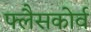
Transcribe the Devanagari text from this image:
फ्लैसकोर्व